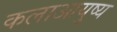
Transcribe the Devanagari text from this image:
कलाआयुष्य